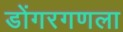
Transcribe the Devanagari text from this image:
डोंगरगणला